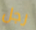
رجل